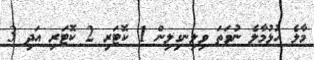
މާލެ ހުޅުމާލެ ނުވަތަ ވިލިނގިލިން 1 ކޮޓަރި 2 ކޮޓަރި އަދި 3